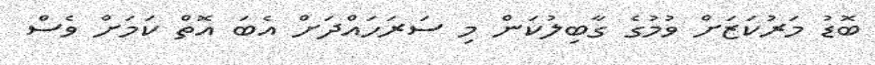
ބޮޑު މަރުކަޒަށް ވުމުގެ ގާބިލުކަން މި ސަރަހައްދަށް އެބަ އޮތް ކަމަށް ވެސް